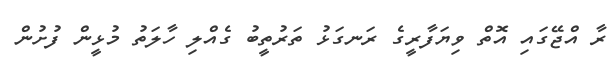
ރާ އްޖޭގައި އޮތް ވިޔަފާރީގެ ރަނގަޅު ތަރުތީބު ގެއްލި ހާލަތު މުޅީން ފުށުން